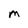
Character: M